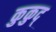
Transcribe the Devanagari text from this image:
कुकुद्